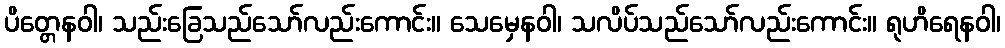
ပိတ္တေနဝါ၊ သည်းခြေသည်သော်လည်းကောင်း။ သေမှေနဝါ၊ သလိပ်သည်သော်လည်းကောင်း။ ရုဟိရေနဝါ၊